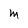
Character: M